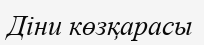
Діни көзқарасы